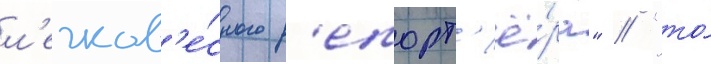
л'егков'е́сного р'епорт'ё́ра" // "то́